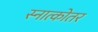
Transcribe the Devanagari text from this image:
स्नात्कोतर